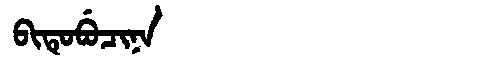
Manchu: ᠪᡳᡨᡠᠪᡠᠴᡳᠨᠠ
Romanization: BITUBUCINA